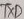
Text: TXD